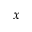
_ x